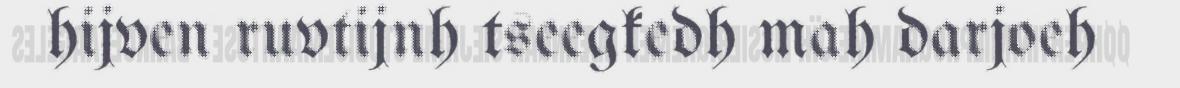
hijven ruvtijnh tseegkedh mah darjoeh